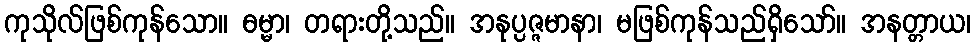
ကုသိုလ်ဖြစ်ကုန်သော။ ဓမ္မာ၊ တရားတို့သည်။ အနုပ္ပဇ္ဇမာနာ၊ မဖြစ်ကုန်သည်ရှိသော်။ အနတ္တာယ၊